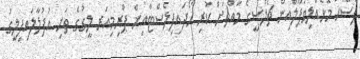
ފަސޭހަ މޮޅެއްލިވަޕޫލްއިން ޗެލްސީގެ މައްޗަށް ކުރި ހޯދައިފިލެސްޓާއިން ޕްރިމިއަރ ލީގުގެ ތަށި އުފުލާލައިފިލީގު